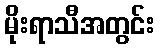
မိုးရာသီအတွင်း